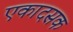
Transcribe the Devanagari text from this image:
एकादसक